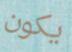
يكون